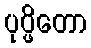
ပုပ္ဖိတော